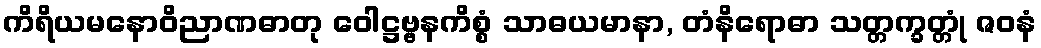
ကိရိယမနောဝိညာဏဓာတု ဝေါဋ္ဌဗ္ဗနကိစ္စံ သာဓယမာနာ, တံနိရောဓာ သတ္တက္ခတ္တုံ ဇဝနံ